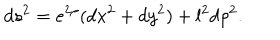
d s ^ { 2 } = e ^ { 2 \rho } ( d x ^ { 2 } + d y ^ { 2 } ) + l ^ { 2 } d \rho ^ { 2 } .